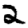
Digit: 2